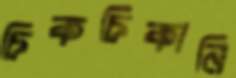
চিকচিকানি